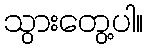
သွားတွေ့ပါ။